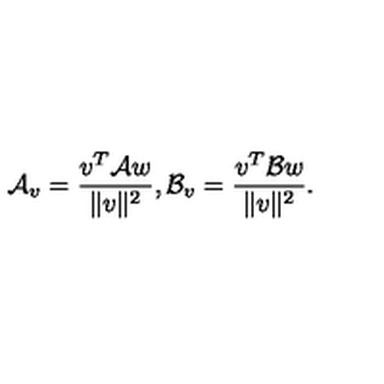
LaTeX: { \cal A } _ { v } = { \frac { v ^ { T } { \cal A } w } { \| v \| ^ { 2 } } } , { \cal B } _ { v } = { \frac { v ^ { T } { \cal B } w } { \| v \| ^ { 2 } } } .